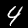
Label: 4